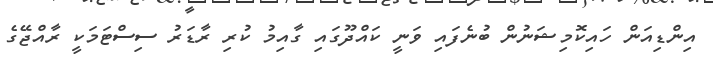
އިންޑިއަން ހައިކޮމިޝަނުން ބުނެފައި ވަނީ ކައްދޫގައި ގާއިމު ކުރި ރާޑަރު ސިސްޓަމަކީ ރާއްޖޭގެ